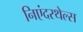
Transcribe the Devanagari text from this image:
निएंदरथेल्स